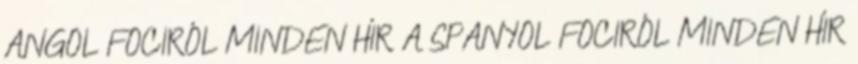
ANGOL FOCIRÓL MINDEN HÍR A SPANYOL FOCIRÓL MINDEN HÍR